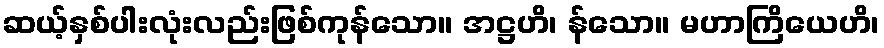
ဆယ့်နှစ်ပါးလုံးလည်းဖြစ်ကုန်သော။ အဋ္ဌဟိ၊ န်သော။ မဟာကြိယေဟိ၊